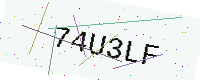
Text: 74U3LF